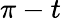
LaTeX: \pi-t